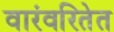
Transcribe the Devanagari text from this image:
वारंवरितेत